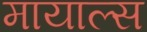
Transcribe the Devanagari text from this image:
मायाल्स